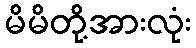
မိမိတို့အားလုံး